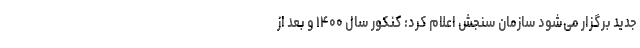
جدید برگزار می‌شود سازمان سنجش اعلام کرد: کنکور سال ۱۴۰۰ و بعد از